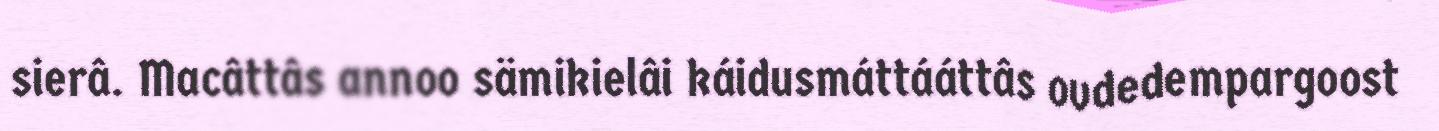
sierâ. Macâttâs annoo sämikielâi káidusmáttááttâs ovdedempargoost